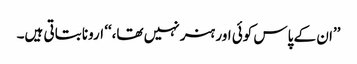
’’ان کے پاس کوئی اور ہنر نہیں تھا،‘‘ ارونا بتاتی ہیں۔